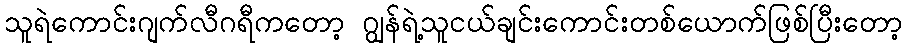
သူရဲကောင်းဂျက်လီဂရီကတော့ ဂျွန်ရဲ့သူငယ်ချင်းကောင်းတစ်ယောက်ဖြစ်ပြီးတော့